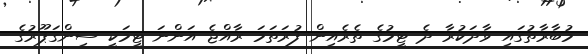
މުބާރާތުގައި ވާދަކުރާ ދެ ޓީމުގެ ތެރެއިން ފުރަތަމަ ރާއްޖެ އަންނަ ޓީމަކީ ސިންގަޕޫރުގެ